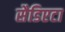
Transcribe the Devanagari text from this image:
सैडिएटा